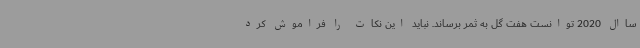
ساال 2020 توانست هفت گل به ثمر برساند. نباید این نکات را فراموش کرد